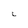
Character: L